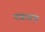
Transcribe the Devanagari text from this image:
पत्रातच